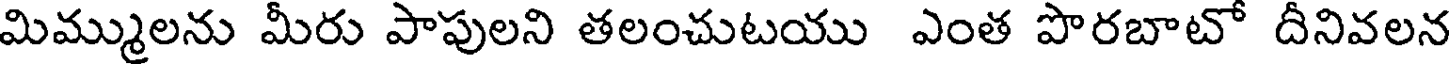
మిమ్ములను మీరు పాపులని తలంచుటయు ఎంత పొరబాటో దీనివలన